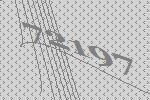
72197